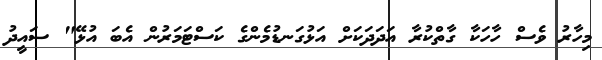
މިހާރު ވެސް ހާހަކާ ގާތްކުރާ އަދަދަކަށް އަޅުގަނޑުމެންގެ ކަސްޓަަމަރުން އެބަ އުޅޭ" ސައީދު